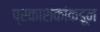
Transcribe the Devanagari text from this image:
प्रकाशकांकडून